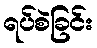
ရပ်စဲခြင်း